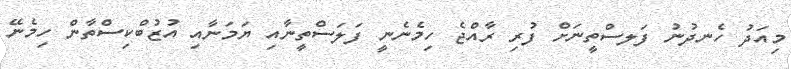
މިއަދު ހެނދުނު ފަލސްތީނަށް ފުރި ރާއްޖެ ހިމެނެނީ ފަލަސްތީނާއި ޔަމަނާއި އުޒުބްކިސްތާން ހިމެނޭ